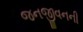
જનજીવનની